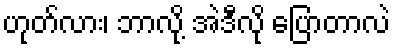
ဟုတ်လား၊ ဘာလို့ အဲဒီလို ပြောတာလဲ